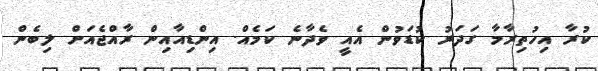
ކުރާ އިހުތިރާމާ ގަދަރު ކުޑަވުން އެއީ ވެދާނެ ކަމެއް. އިންޑިއާއިން ރާއްޖެއަށް ލިބެން